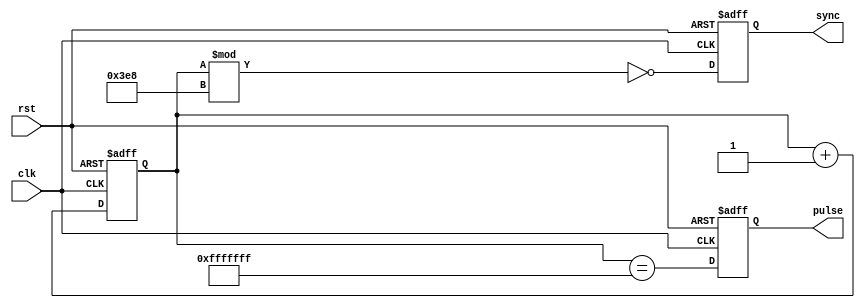
module rtc_timer(
    input wire clk, // common reference clock
    input wire rst, // reset signal
    output reg pulse, // pulse or signal output
    output reg sync // synchronization signal
);

reg [31:0] counter; // counter for timing control

always @(posedge clk or posedge rst) begin
    if (rst) begin
        counter <= 32'b0;
        pulse <= 1'b0;
        sync <= 1'b0;
    end else begin
        counter <= counter + 1;
        pulse <= (counter == 32'hFFFFFFF); // generate pulse at specific interval
        sync <= (counter % 1000 == 0); // synchronize components to reference clock every 1000 cycles
    end
end

endmodule